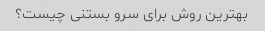
بهترین روش برای سرو بستنی چیست؟